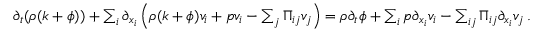
\begin{array} { r } { \partial _ { t } ( \rho ( k + \phi ) ) + \sum _ { i } \partial _ { x _ { i } } \left( \rho ( k + \phi ) v _ { i } + p v _ { i } - \sum _ { j } \Pi _ { i j } v _ { j } \right) = \rho \partial _ { t } \phi + \sum _ { i } p \partial _ { x _ { i } } v _ { i } - \sum _ { i j } \Pi _ { i j } \partial _ { x _ { i } } v _ { j } \, . } \end{array}